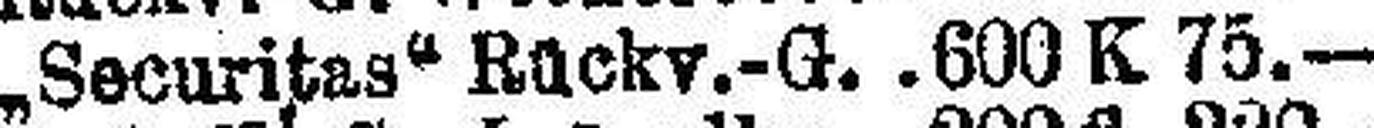
„Securitas" Rückv.-G. 600 K 75.—